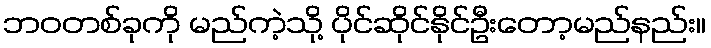
ဘဝတစ်ခုကို မည်ကဲ့သို့ ပိုင်ဆိုင်နိုင်ဦးတော့မည်နည်း။